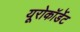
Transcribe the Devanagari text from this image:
यूरोकॉर्डेट